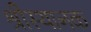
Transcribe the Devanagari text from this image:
श्रीस्थानक